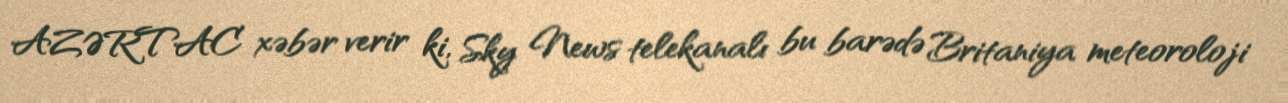
AZƏRTAC xəbər verir ki, Sky News telekanalı bu barədə Britaniya meteoroloji